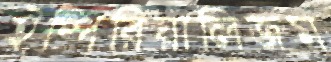
ইম্পিরিয়ালিজম